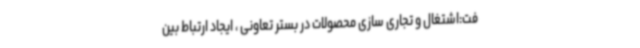
فت:اشتغال و تجاری سازی محصولات در بستر تعاونی ، ایجاد ارتباط بین